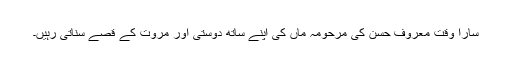
سارا وقت معروف حسن کی مرحومہ ماں کی اپنے ساتھ دوستی اور مروت کے قصے سناتی رہیں۔